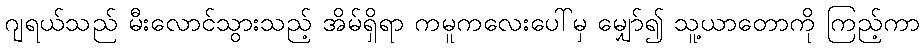
ဂျရယ်သည် မီးလောင်သွားသည့် အိမ်ရှိရာ ကမူကလေးပေါ်မှ မျှော်၍ သူ့ယာတောကို ကြည့်ကာ